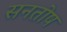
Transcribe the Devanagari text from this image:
सनतोष